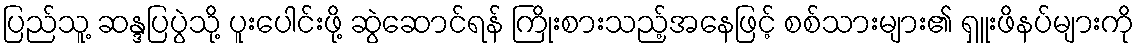
ပြည်သူ့ ဆန္ဒပြပွဲသို့ ပူးပေါင်းဖို့ ဆွဲဆောင်ရန် ကြိုးစားသည့်အနေဖြင့် စစ်သားများ၏ ရှူးဖိနပ်များကို